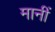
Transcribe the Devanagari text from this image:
मानीं